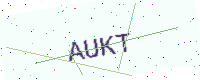
Text: AUKT